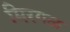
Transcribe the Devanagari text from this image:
मिरगळ